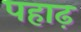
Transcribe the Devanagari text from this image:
पहाढ़